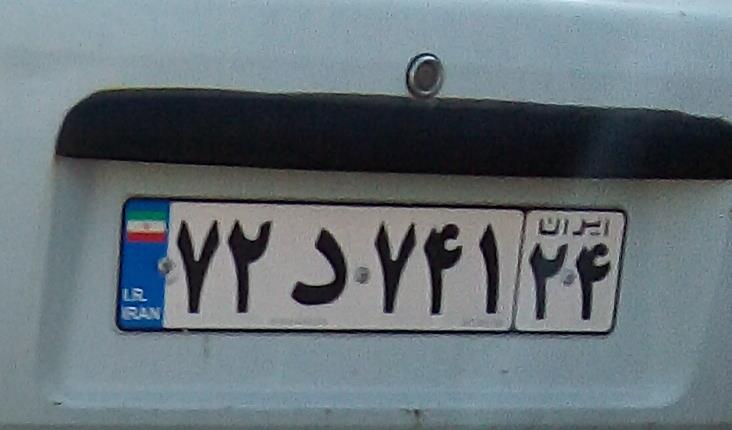
۷۲د۷۴۱۲۴